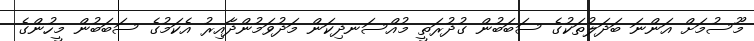
މޫސުމަށް އަންނަ ބަދަލުތަކުގެ ސަބަބުން ގުދުރަތީ މުއްސަނދިކަން މަދުވަމުންދާއިރު އެކަމުގެ ސަބަބުން މީހުންގެ